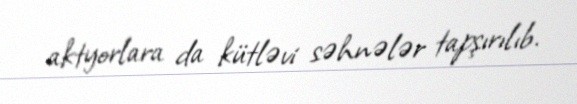
aktyorlara da kütləvi səhnələr tapşırılıb.